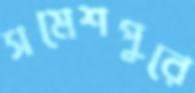
সমেশপুরে